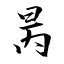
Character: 昺